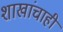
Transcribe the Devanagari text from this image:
शाखांचाही